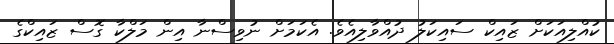
ކުއްލިއަކަށް ޒައިކް ސައިކަލު ދުއްވާލިއެވެ. އެކަމަށް ނުވިސްނާ އިން މަލްކާ ގޮސް ޒައިކްގެ